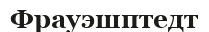
Фрауэшптедт